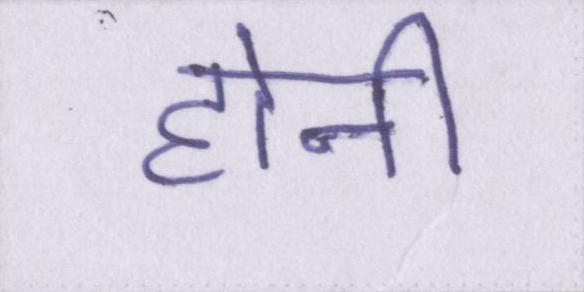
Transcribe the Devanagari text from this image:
होनी